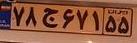
۷۸ج۶۷۱۵۵